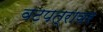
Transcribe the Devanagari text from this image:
वटपत्रावर